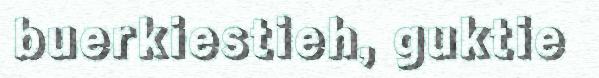
buerkiestieh, guktie